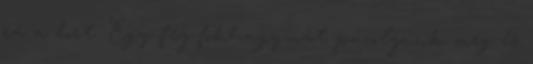
rá a bort. Egy fej fokhagymát pucoljunk meg és